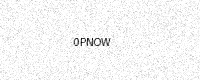
Text: 0PNOW